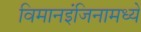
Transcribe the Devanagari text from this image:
विमानइंजिनामध्ये